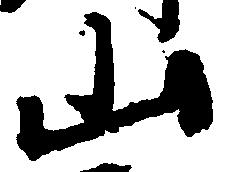
山